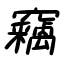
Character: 竊